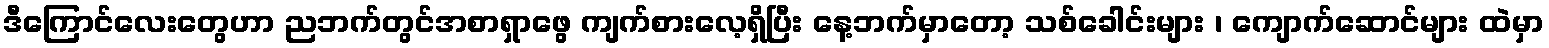
ဒီကြောင်လေးတွေဟာ ညဘက်တွင်အစာရှာဖွေ ကျက်စားလေ့ရှိပြီး နေ့ဘက်မှာတော့ သစ်ခေါင်းများ ၊ ကျောက်ဆောင်များ ထဲမှာ